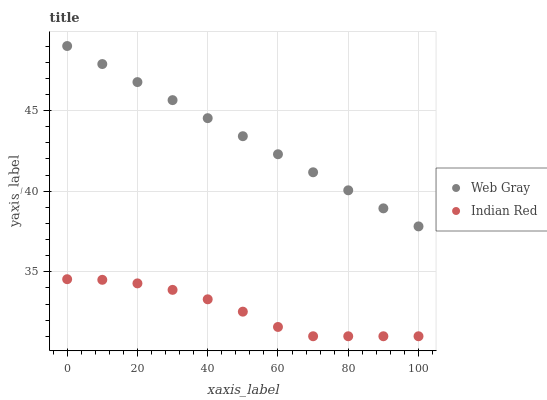
| xaxis_label | Web Gray | Indian Red |
 | --- | --- | --- |
 | 0 | 49 | 34.5 |
 | 10 | 47.9 | 34.5 |
 | 20 | 46.8 | 34.3 |
 | 30 | 45.6 | 33.9 |
 | 40 | 44.5 | 33.3 |
 | 50 | 43.4 | 32.5 |
 | 60 | 42.3 | 31.6 |
 | 70 | 41.2 | 31 |
 | 80 | 40.1 | 31 |
 | 90 | 38.9 | 31 |
 | 100 | 37.8 | 31 |